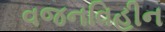
વજનવિહીન